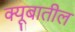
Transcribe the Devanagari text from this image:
क्यूबातील